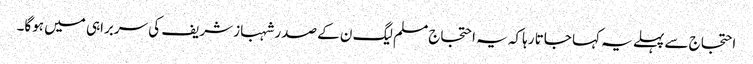
احتجاج سے پہلے یہ کہا جاتا رہا کہ یہ احتجاج مسلم لیگ ن کے صدر شہباز شریف کی سربراہی میں ہوگا۔